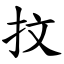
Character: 抆